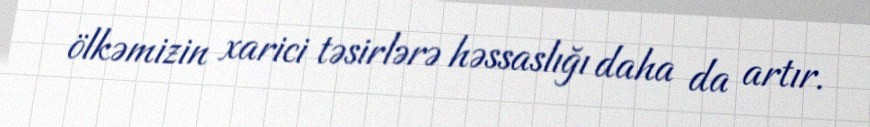
ölkəmizin xarici təsirlərə həssaslığı daha da artır.